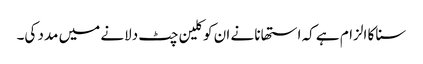
سنا کا الزام ہے کہ استھانا نے ان کو کلین چٹ دلانے میں مدد کی۔